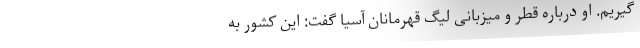
گیریم. او درباره قطر و میزبانی لیگ قهرمانان آسیا گفت: این کشور به